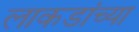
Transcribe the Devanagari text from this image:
लाकडांच्या